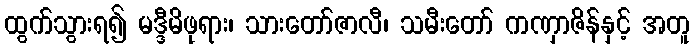
ထွက်သွားရ၍ မဒ္ဒီမိဖုရား၊ သားတော်ဇာလီ၊ သမီးတော် ကဏှာဇိန်နှင့် အတူ